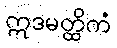
ဣဒမတ္ထိကံ